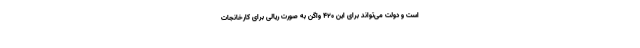
است و دولت می‌تواند برای این ۴۲۰ واگن به صورت ریالی برای کارخانجات